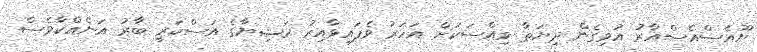
ޔޫއެސްއެސްއާރު އުވިގެން ދިޔަތާ ވިއްސަކަށް އަހަރު ވެފައިވާއިރު ރަޝިޔާގެ އަސްކަރީ ބާރު އަނެއްކާވެސް